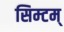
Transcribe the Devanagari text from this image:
सिम्टम्